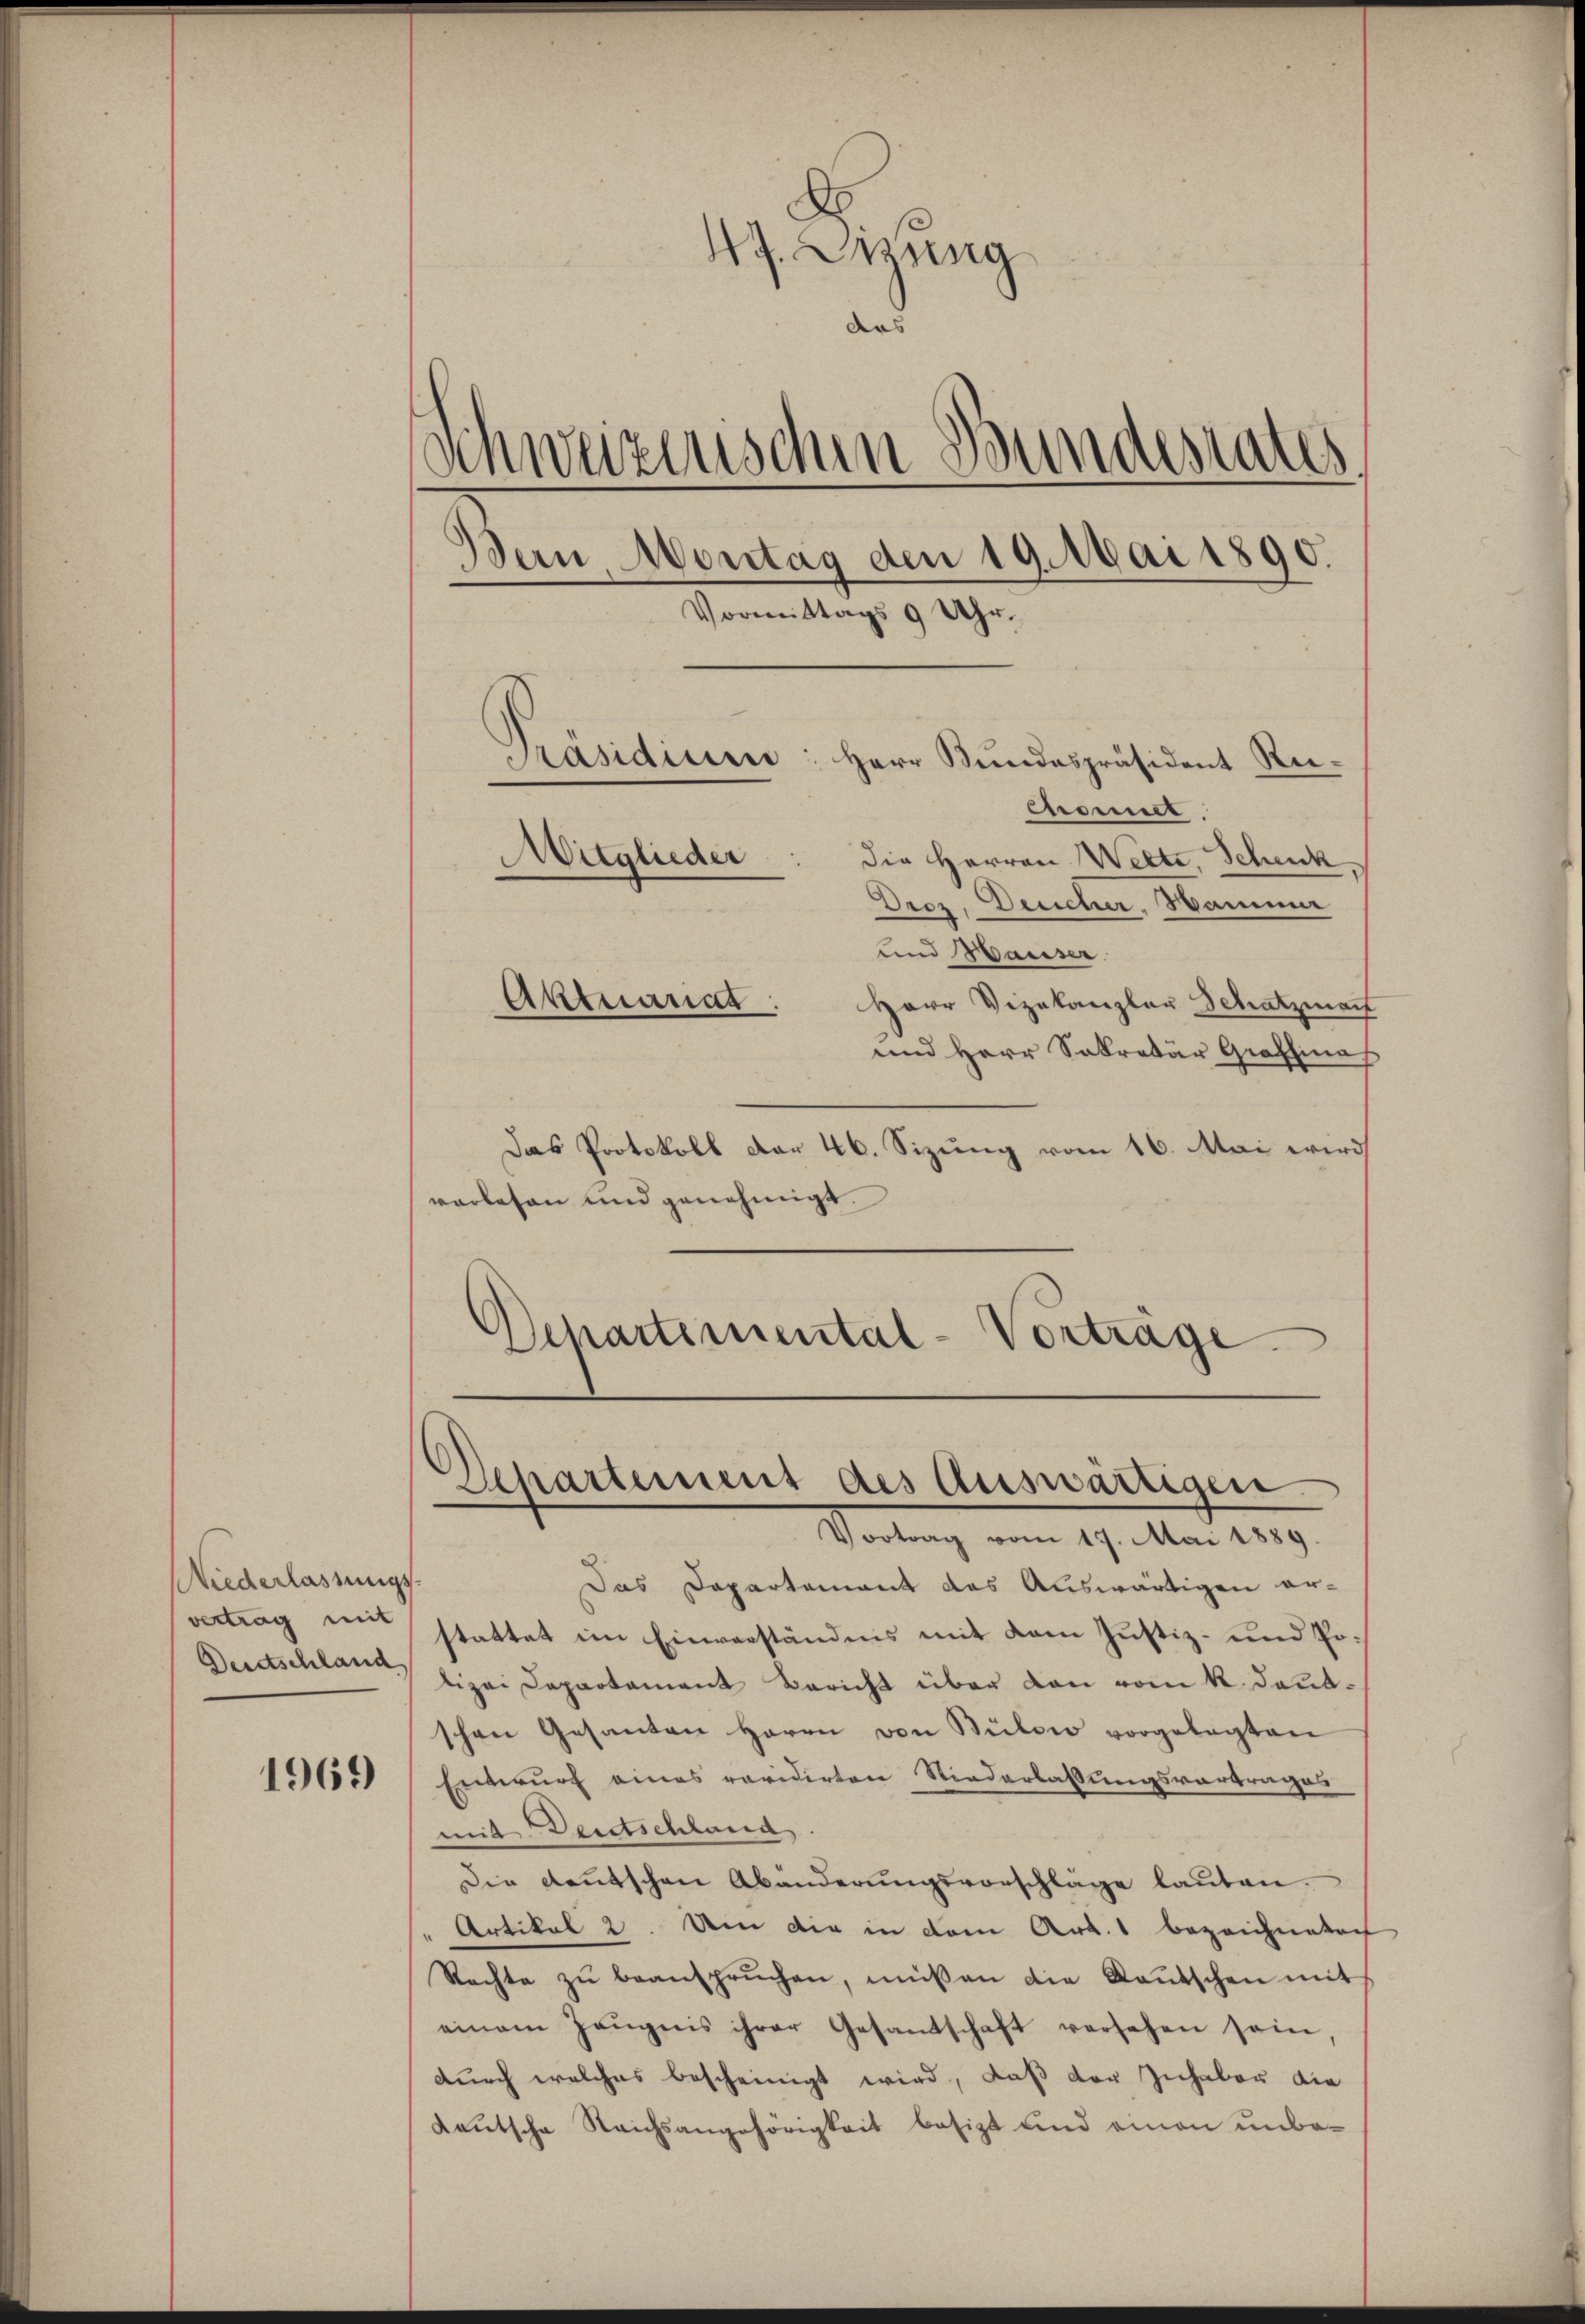
Niederlassungsvertrag mit
Deutschland

1969

.

47. Ekung
Schweizerischen Bundestates
ern Montag den 19. Mai 1890.
Vormittags 9 Uhr.
Präsidium: Herr Bŭndespräsident Rei¬
Comit
Mitglieder
die Herren Wette, Schenk
Drez, Deucher, Hammer

und Hauser.
Herr Vizekanzlau Schatzmant
und Herr Sekretär Graffinas
Das Protokoll dar 46. Sizung vom 16. Mai wird
vorlesen und genehmigt.
Departement des Auswärtigen.
Vortrag vom 17. Mai 1889.
Das Departement das Auswärtigen erstattet im Einverständnis mit dem Justiz- und Polizei Departament Bericht über den vom k. Danaschen Gesanten Herrn von Bülow vorgelegten
Entwurf eines revidirten Niederlassungsvortrages
mit Deutschland.
Die Deutschen Abänderŭngsvorschläge laŭten.
Artikel 2. Um die in dem Art. 1 bezeichneten
Rechte zŭ beansprŭchen, müssen die Baŭtschen mit
einem Zeŭgnis ihrer Gesandschaft versehen sein
durch welches bescheinigt wird, daß der Zuhaber die
deutsche Reichsangehörigkeit besizt und einen unbe¬

Aktnanat

ders

Departemental-Vorträge